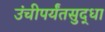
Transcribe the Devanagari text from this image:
उंचीपर्यंतसुद्धा